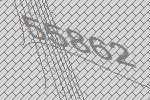
55862